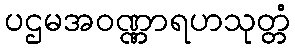
ပဌမအဝဏ္ဏာရဟသုတ္တံ